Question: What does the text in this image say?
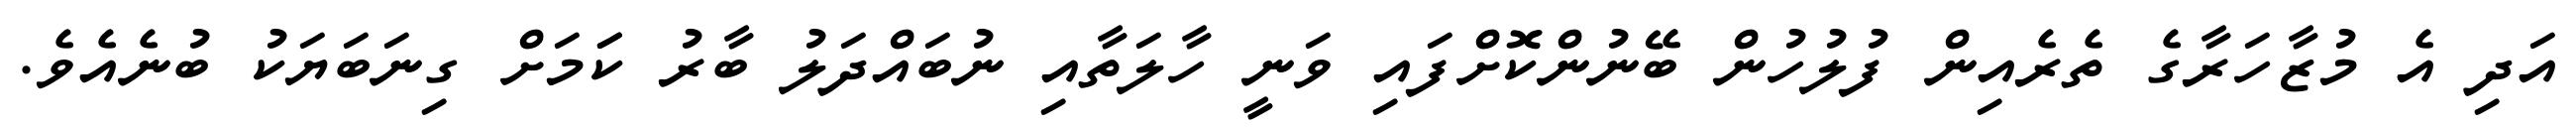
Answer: އަދި އެ މުޒާހަރާގެ ތެރެއިން ފުލުހުން ބޭނުންކޮށްފައި ވަނީ ހާލަތާއި ނުބައްދަލު ބާރު ކަަމަށް ގިނަބަޔަކު ބުނެއެވެ.